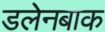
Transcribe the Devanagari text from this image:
डलेनबाक